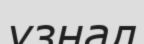
узнал